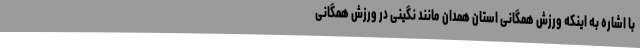
با اشاره به اینکه ورزش همگانی استان همدان مانند نگینی در ورزش همگانی